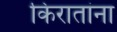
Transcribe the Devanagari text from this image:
किरातांना